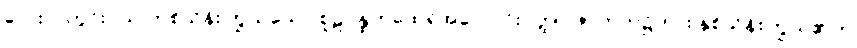
လေးလတွင်းဝယ် တစ်သိန်းကြွယ်သော စူဠပန္ထကထေရ်အလောင်းဝတ္ထု။ ဇာတက၌ကား နှစ်သိန်းကြွယ်၏ဟု